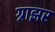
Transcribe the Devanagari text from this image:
ग्राझर